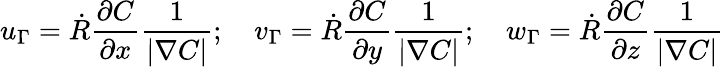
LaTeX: u_{\Gamma}=\dot{R}\frac{\partial C}{\partial x}\frac{1}{|\nabla C|};\quad v_{\Gamma}=\dot{R}\frac{\partial C}{\partial y}\frac{1}{|\nabla C|};\quad w_{\Gamma}=\dot{R}\frac{\partial C}{\partial z}\frac{1}{|\nabla C|}